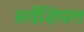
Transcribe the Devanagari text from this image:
सर्वेशियल